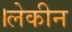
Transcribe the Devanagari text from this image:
।लेकीन